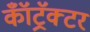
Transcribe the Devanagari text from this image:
कॉँट्रॅक्टर